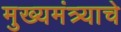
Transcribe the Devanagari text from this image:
मुख्यमंत्र्याचे